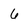
Character: 6